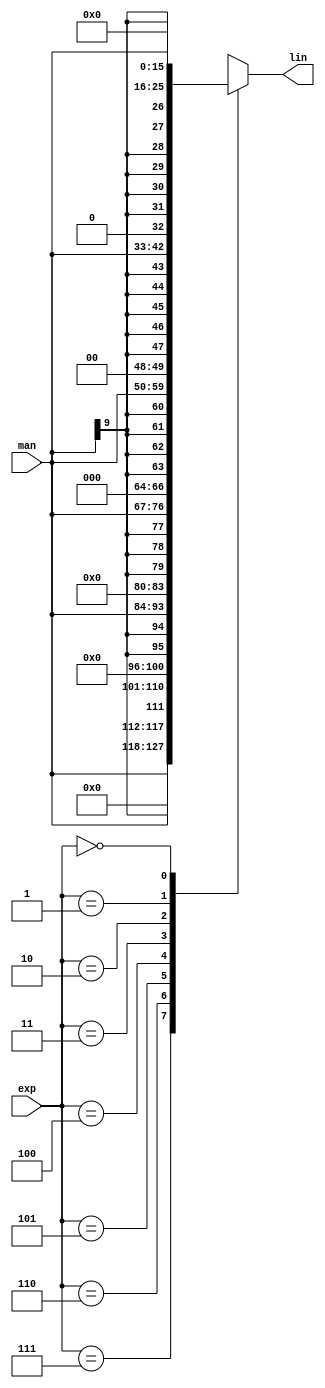
/*
  
   Multicore 2 / Multicore 2+
  
   Copyright (c) 2017-2020 - Victor Trucco

  
   All rights reserved
  
   Redistribution and use in source and synthezised forms, with or without
   modification, are permitted provided that the following conditions are met:
  
   Redistributions of source code must retain the above copyright notice,
   this list of conditions and the following disclaimer.
  
   Redistributions in synthesized form must reproduce the above copyright
   notice, this list of conditions and the following disclaimer in the
   documentation and/or other materials provided with the distribution.
  
   Neither the name of the author nor the names of other contributors may
   be used to endorse or promote products derived from this software without
   specific prior written permission.
  
   THIS CODE IS PROVIDED BY THE COPYRIGHT HOLDERS AND CONTRIBUTORS "AS IS"
   AND ANY EXPRESS OR IMPLIED WARRANTIES, INCLUDING, BUT NOT LIMITED TO,
   THE IMPLIED WARRANTIES OF MERCHANTABILITY AND FITNESS FOR A PARTICULAR
   PURPOSE ARE DISCLAIMED. IN NO EVENT SHALL THE AUTHOR OR CONTRIBUTORS BE
   LIABLE FOR ANY DIRECT, INDIRECT, INCIDENTAL, SPECIAL, EXEMPLARY, OR
   CONSEQUENTIAL DAMAGES (INCLUDING, BUT NOT LIMITED TO, PROCUREMENT OF
   SUBSTITUTE GOODS OR SERVICES; LOSS OF USE, DATA, OR PROFITS; OR BUSINESS
   INTERRUPTION) HOWEVER CAUSED AND ON ANY THEORY OF LIABILITY, WHETHER IN
   CONTRACT, STRICT LIABILITY, OR TORT (INCLUDING NEGLIGENCE OR OTHERWISE)
   ARISING IN ANY WAY OUT OF THE USE OF THIS SOFTWARE, EVEN IF ADVISED OF THE
   POSSIBILITY OF SUCH DAMAGE.
  
   You are responsible for any legal issues arising from your use of this code.
  
*//*  This file is part of JT51.

    JT51 is free software: you can redistribute it and/or modify
    it under the terms of the GNU General Public License as published by
    the Free Software Foundation, either version 3 of the License, or
    (at your option) any later version.

    JT51 is distributed in the hope that it will be useful,
    but WITHOUT ANY WARRANTY; without even the implied warranty of
    MERCHANTABILITY or FITNESS FOR A PARTICULAR PURPOSE.  See the
    GNU General Public License for more details.

    You should have received a copy of the GNU General Public License
    along with JT51.  If not, see <http://www.gnu.org/licenses/>.
	
	Author: Jose Tejada Gomez. Twitter: @topapate
	Version: 1.0
	Date: 27-10-2016
	*/

`timescale 1ns / 1ps

module jt51_exp2lin(
  output	reg signed 	[15:0] 	lin,
  input 		signed	[9:0] 	man,
  input			[2:0] 	exp
);

always @(*) begin
	case( exp )
		3'd7: lin = { man, 6'b0 };
		3'd6: lin = { {1{man[9]}}, man, 5'b0 };
		3'd5: lin = { {2{man[9]}}, man, 4'b0 };
		3'd4: lin = { {3{man[9]}}, man, 3'b0 };
		3'd3: lin = { {4{man[9]}}, man, 2'b0 };
		3'd2: lin = { {5{man[9]}}, man, 1'b0 };
		3'd1: lin = { {6{man[9]}}, man };
		3'd0: lin = 16'd0;		
	endcase	
end

endmodule